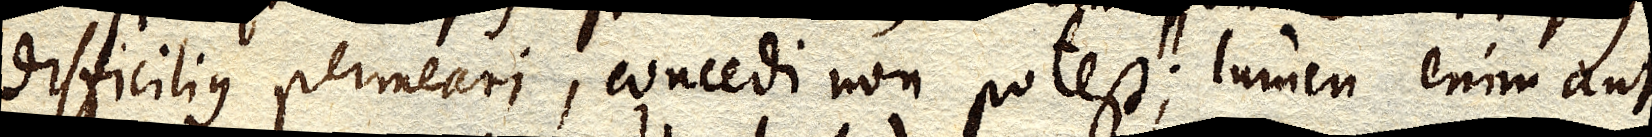
difficilius permeari, concedi non potest; lumen enim aut